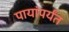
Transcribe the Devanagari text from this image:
पायांपर्यंत